Document type: Sale
Year: 1439
Scribe: Arnau d'Illes
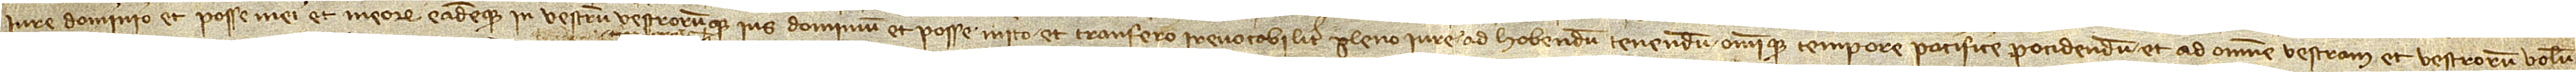
iure, dominio et posse mei et meorum eademque in vestrum vestrorumque ius, dominium et posse mito et transfero irrevocabiliter pleno iure ad habendum, tenendum omnique tempore pacifice pocidendum et ad omnem vestram et vestrorum volun-